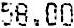
58.00